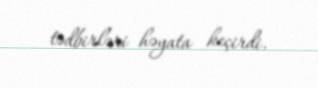
tədbirləri həyata keçirdi.